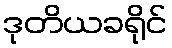
ဒုတိယခရိုင်